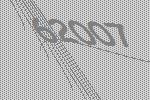
62007